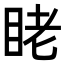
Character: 𬑑